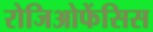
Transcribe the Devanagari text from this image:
रोजिओफेंसिस